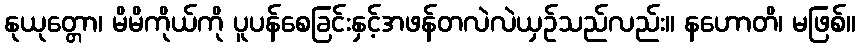
နုယုတ္တော၊ မိမိကိုယ်ကို ပူပန်စေခြင်းနှင့်အဖန်တလဲလဲယှဉ်သည်လည်း။ နဟောတိ၊ မဖြစ်။